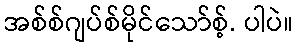
အစ်စ်ဂျပ်စ်မိုင်သော်စ့်. ပါပဲ။